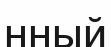
нный